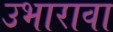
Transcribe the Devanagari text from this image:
उभारावा